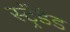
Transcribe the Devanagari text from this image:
स्ट्रेंडेड